Vaccination in Bombay 1889-1901 - 1889-1901
Year: 1889
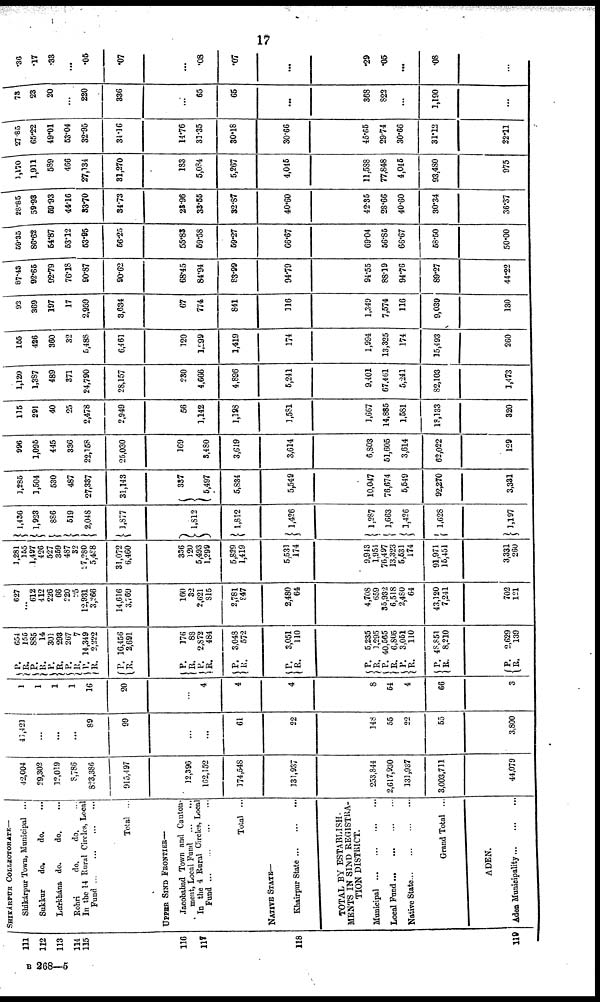
17
111
112
113
114
115
116
11T
118
119
SHIKÁRPUR COLLECTORATE—
Shikárpur Town, Municipal ...
Sukkur
do.
do. ...
Lárkhána do.
do. ...
Rohri
do.
do. ...
In the 14 Rural Circles, Local
Fund
...
...
...
...
Total ...
UPPER SIND FRONTIER—
Jacobabad Town and Canton-
ment, Local Fund ... ...
In the 4 Rural Circles, Local
Fund
...
...
...
...
Total ...
NATIVE STATE—
Khairpur State
...
...
...
TOTAL BY ESTABLISH-
MENTS IN SIND REGISTRA¬
TION DISTRICT.
Municipal
...
...
...
...
Local Fund
...
...
...
...
Native State ... ... ... ...
Grand Total ...
ADEN.
Aden Municipality ... ... ...
42,004
29,302
12,019
8,786
823,386
915,497
12,396
162,152
174,548
131,937
253,844
2,617,930
131,937
3,003,711
44,079
41,421
...
...
...
89
99
...
...
61
22
148
55
22
55
3,800
1
1
1
1
16
20
...
4
4
4
8
54
4
66
3
P.
R.
P.
R.
P. R.
P.
R.
P.
R.
P.
R.
P.
R.
P.
R.
P.
R.
P.
R.
P.
R.
P.
R.
P.
R.
P.
R.
P.
R.
654
155
885
14
301
293
267
7
14,349
2,222
16,456
2,691
176
88
2,872
484
3,048
572
3,051
110
5,235
1,295
40,565
6,805
3,051
110
48,851
8,210
2,629
139
627
...
612
412
226
66
220
25
12,931
3,266
14,616
3,769
160
32
2,621
815
2,781
847
2,480
64
4,708
659
36,932
6,518
2,480
64
43,120
7,241
702
121
1,281
155
1,497
426
527
359
487
32
27,280
5,488
31,072
6,460
336
120
5,493
1,299
5,829
1,419
5,531
174
9,943
1,954
76,497
13,323
5,531
174
91,971
15,451
3,331
260
1,436
1,923
886
519
2,048
1,877
1,812
1,812
1,426
1,287
1,663
1,426
1,628
1,197
1,285
1,504
530
487
27,337
31,143
337
5,497
5,834
5,549
10,047
76,674
5,649
92,270
3,331
996
1,095
445
336
22,158
25,030
169
3,480
3,619
3,614
6,803
51,605
3,614
62,022
129
115
291
40
25
2,478
2,949
56
1,142
1,198
1,581
1,667
14,885
1,581
18,133
320
1,120
1,387
489
371
24,790
28,157
230
4,666
4,896
5,241
9,401
67,461
5,241
82,103
1,473
155
426
360
32
5,488
6,461
120
1,299
1,419
174
1,994
13,325
174
35,493
260
92
369
197
17
2,959
3,634
67
774
841
116
1,349
7,574
116
9,039
130
87.43
92.65
92.79
76.18
90.87
90.62
68.45
84.94
83.99
94.79
94.55
88.19
94.76
89.27
44.22
59.35
86.62
54.87
53.12
53.95
56.25
55.83
59.58
59.27
66.67
69.04
56.85
66.67
58.50
50.00
28.85
59.98
69.93
44.16
33.70
34.73
25.96
33.55
32.87
40.60
42.35
28.66
40.60
30.34
36.37
3,170
1,911
589
466
27,134
31,270
183
5,084
5,267
4,045
11,588
77,848
4,045
93,480
975
27.85
65.22
49.01
53.04
32.95
34.36
14.76
31.35
30.18
30.66
45.65
29.74
30.66
31.12
22.11
73
23
20
...
220
336
...
65
65
...
368
822
...
1,190
...
.36
.17
.33
...
.05
.07
...
.08
.07
...
.29
.05
...
.08
...
B 268—5